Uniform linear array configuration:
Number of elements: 32
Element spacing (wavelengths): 0.25
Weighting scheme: kaiser
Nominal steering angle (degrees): -60
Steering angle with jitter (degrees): -61.107
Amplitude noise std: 0.05
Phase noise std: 0.05

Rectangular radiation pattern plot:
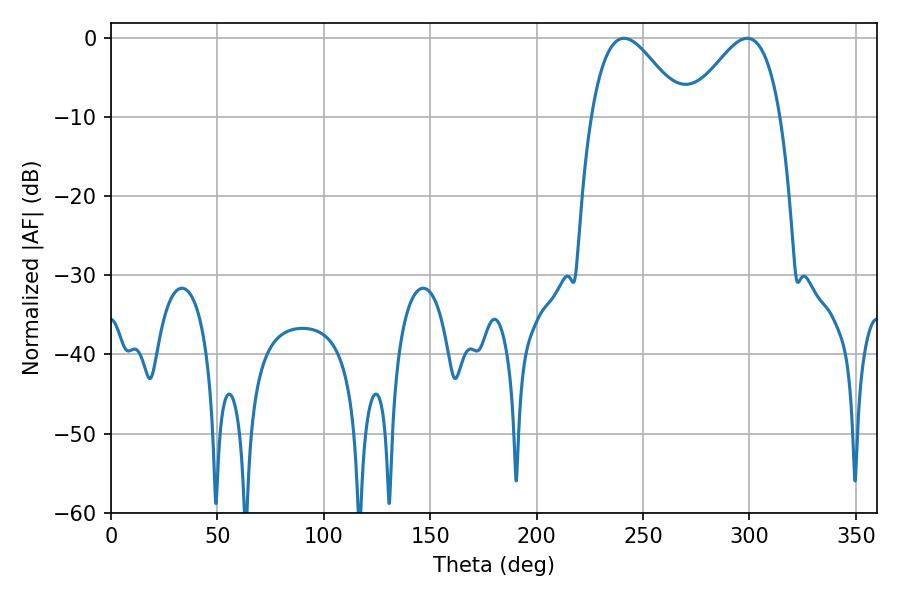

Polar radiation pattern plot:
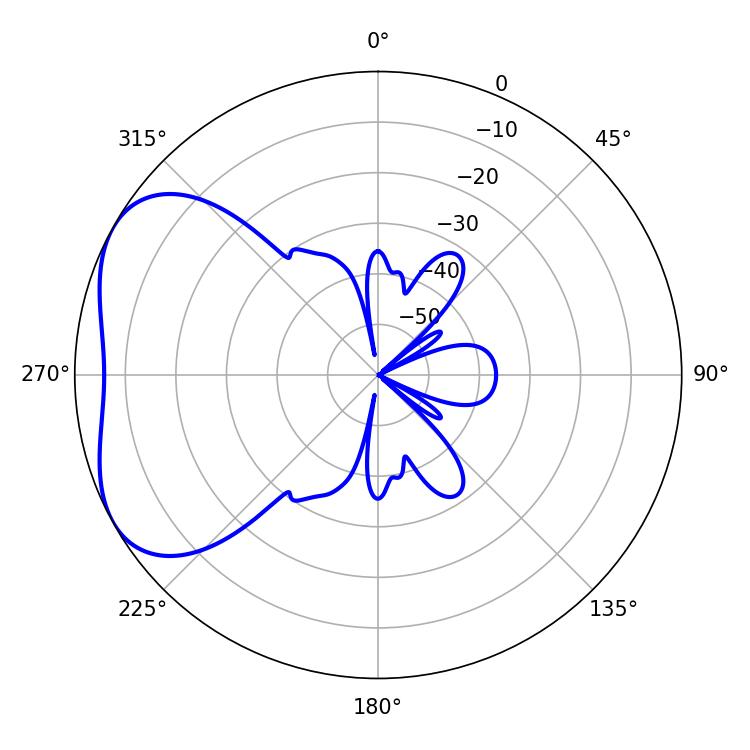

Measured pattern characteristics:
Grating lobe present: FALSE
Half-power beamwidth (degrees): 23.04
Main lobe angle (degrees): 241.02